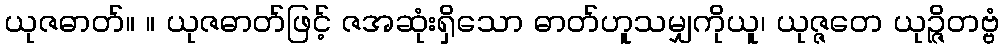
ယုဇဓာတ်။ ။ ယုဇဓာတ်ဖြင့် ဇအဆုံးရှိသော ဓာတ်ဟူသမျှကိုယူ၊ ယုဇ္ဇတေ ယုဉ္ဇိတဗ္ဗံ